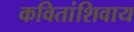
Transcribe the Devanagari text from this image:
कवितांशिवाय